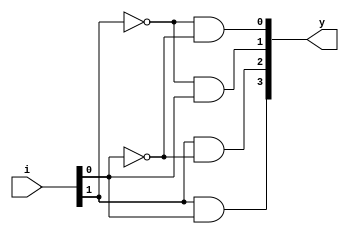
`timescale 1ns / 1ps
//////////////////////////////////////////////////////////////////////////////////
// Company: 
// Engineer: 
// 
// Design Name: 
// Module Name: Decoder_2_4
// Project Name: 
// Target Devices: 
// Tool Versions: 
// Description: 
// 
// Dependencies: 
// 
// Revision:
// Revision 0.01 - File Created
// Additional Comments:
// 
//////////////////////////////////////////////////////////////////////////////////


module Decoder_2_4(
input [1:0] i,
output [3:0] y
);

assign y[0] = ~i[1]&~i[0];
assign y[1] = ~i[1]&i[0];
assign y[2] = i[1]&~i[0];
assign y[3] = i[1]&i[0];

endmodule